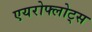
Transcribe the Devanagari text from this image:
एयरोफ्लोट्स